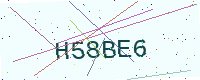
Text: H58BE6